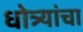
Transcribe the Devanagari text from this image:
धोत्र्यांचा